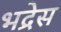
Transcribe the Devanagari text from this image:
भद्रेस